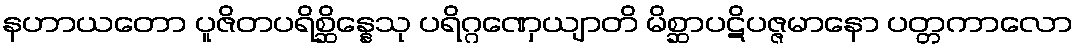
နဟာယတော ပူဇိတပရိစ္ဆိန္နေသု ပရိဂ္ဂဏှေယျာတိ မိစ္ဆာပဋိပဇ္ဇမာနော ပတ္တကာလော